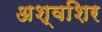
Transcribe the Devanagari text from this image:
अश्वशिर